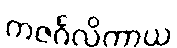
ကဇင်္ဂလိကာယ